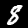
Label: 8